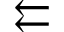
\leftleftarrows